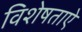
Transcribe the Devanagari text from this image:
विशेषताऐ